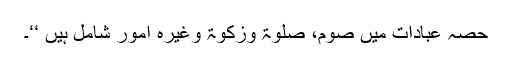
حصہ عبادات میں صوم، صلوٰۃ وزکوٰۃ وغیرہ امور شامل ہیں ‘‘۔